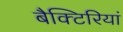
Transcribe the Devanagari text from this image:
बैक्टिरियां